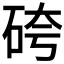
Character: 𥑹